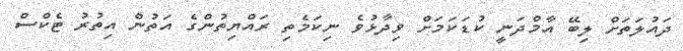
ދައުލަތަށް ލިބޭ އާމްދަނީ ކުޑަކަމަށް ވިދާޅުވެ ނިކަމެތި ރައްޔިތުންގެ އަތުން އިތުރު ޓެކްސް